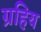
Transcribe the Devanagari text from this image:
ग्रहिय